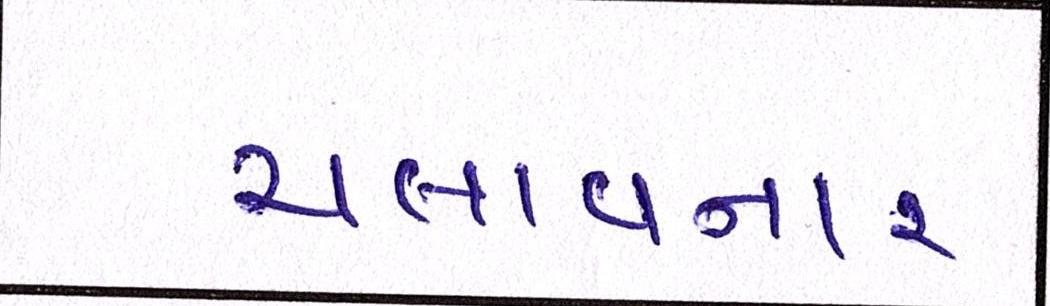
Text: ચલાવનાર